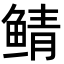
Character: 鲭